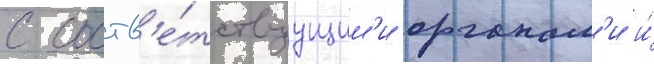
с соотв'е́тствуущим'и органам'и и́